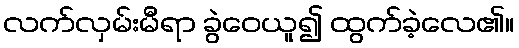
လက်လှမ်းမီရာ ခွဲဝေယူ၍ ထွက်ခဲ့လေ၏။